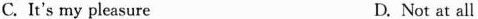
C.It's my pleasure D. Not at all